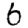
Digit: 6